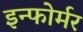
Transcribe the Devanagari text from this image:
इन्फोर्मर